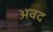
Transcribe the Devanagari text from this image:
अवद